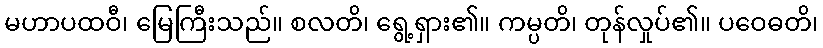
မဟာပထဝီ၊ မြေကြီးသည်။ စလတိ၊ ရွေ့ရှား၏။ ကမ္ပတိ၊ တုန်လှုပ်၏။ ပဝေဓတိ၊